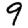
Digit: 9